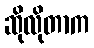
ဆိုလိုတာက